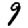
Digit: 9